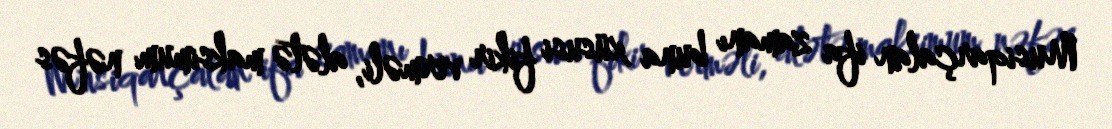
Musiqarçalan ifa zamanı buna xüsusi fikir verməli, alətə maksimum nəfəs